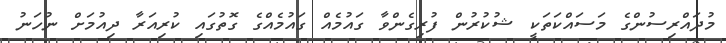
މުދައްރިސުންގެ މަސައްކަތަކީ ޝުކުރުން ފުރިގެންވާ ގައުމެއް ގައުމެއްގެ ގޮތުގައި ކުރިއަރާ ދިއުމަށް ނުހަނު